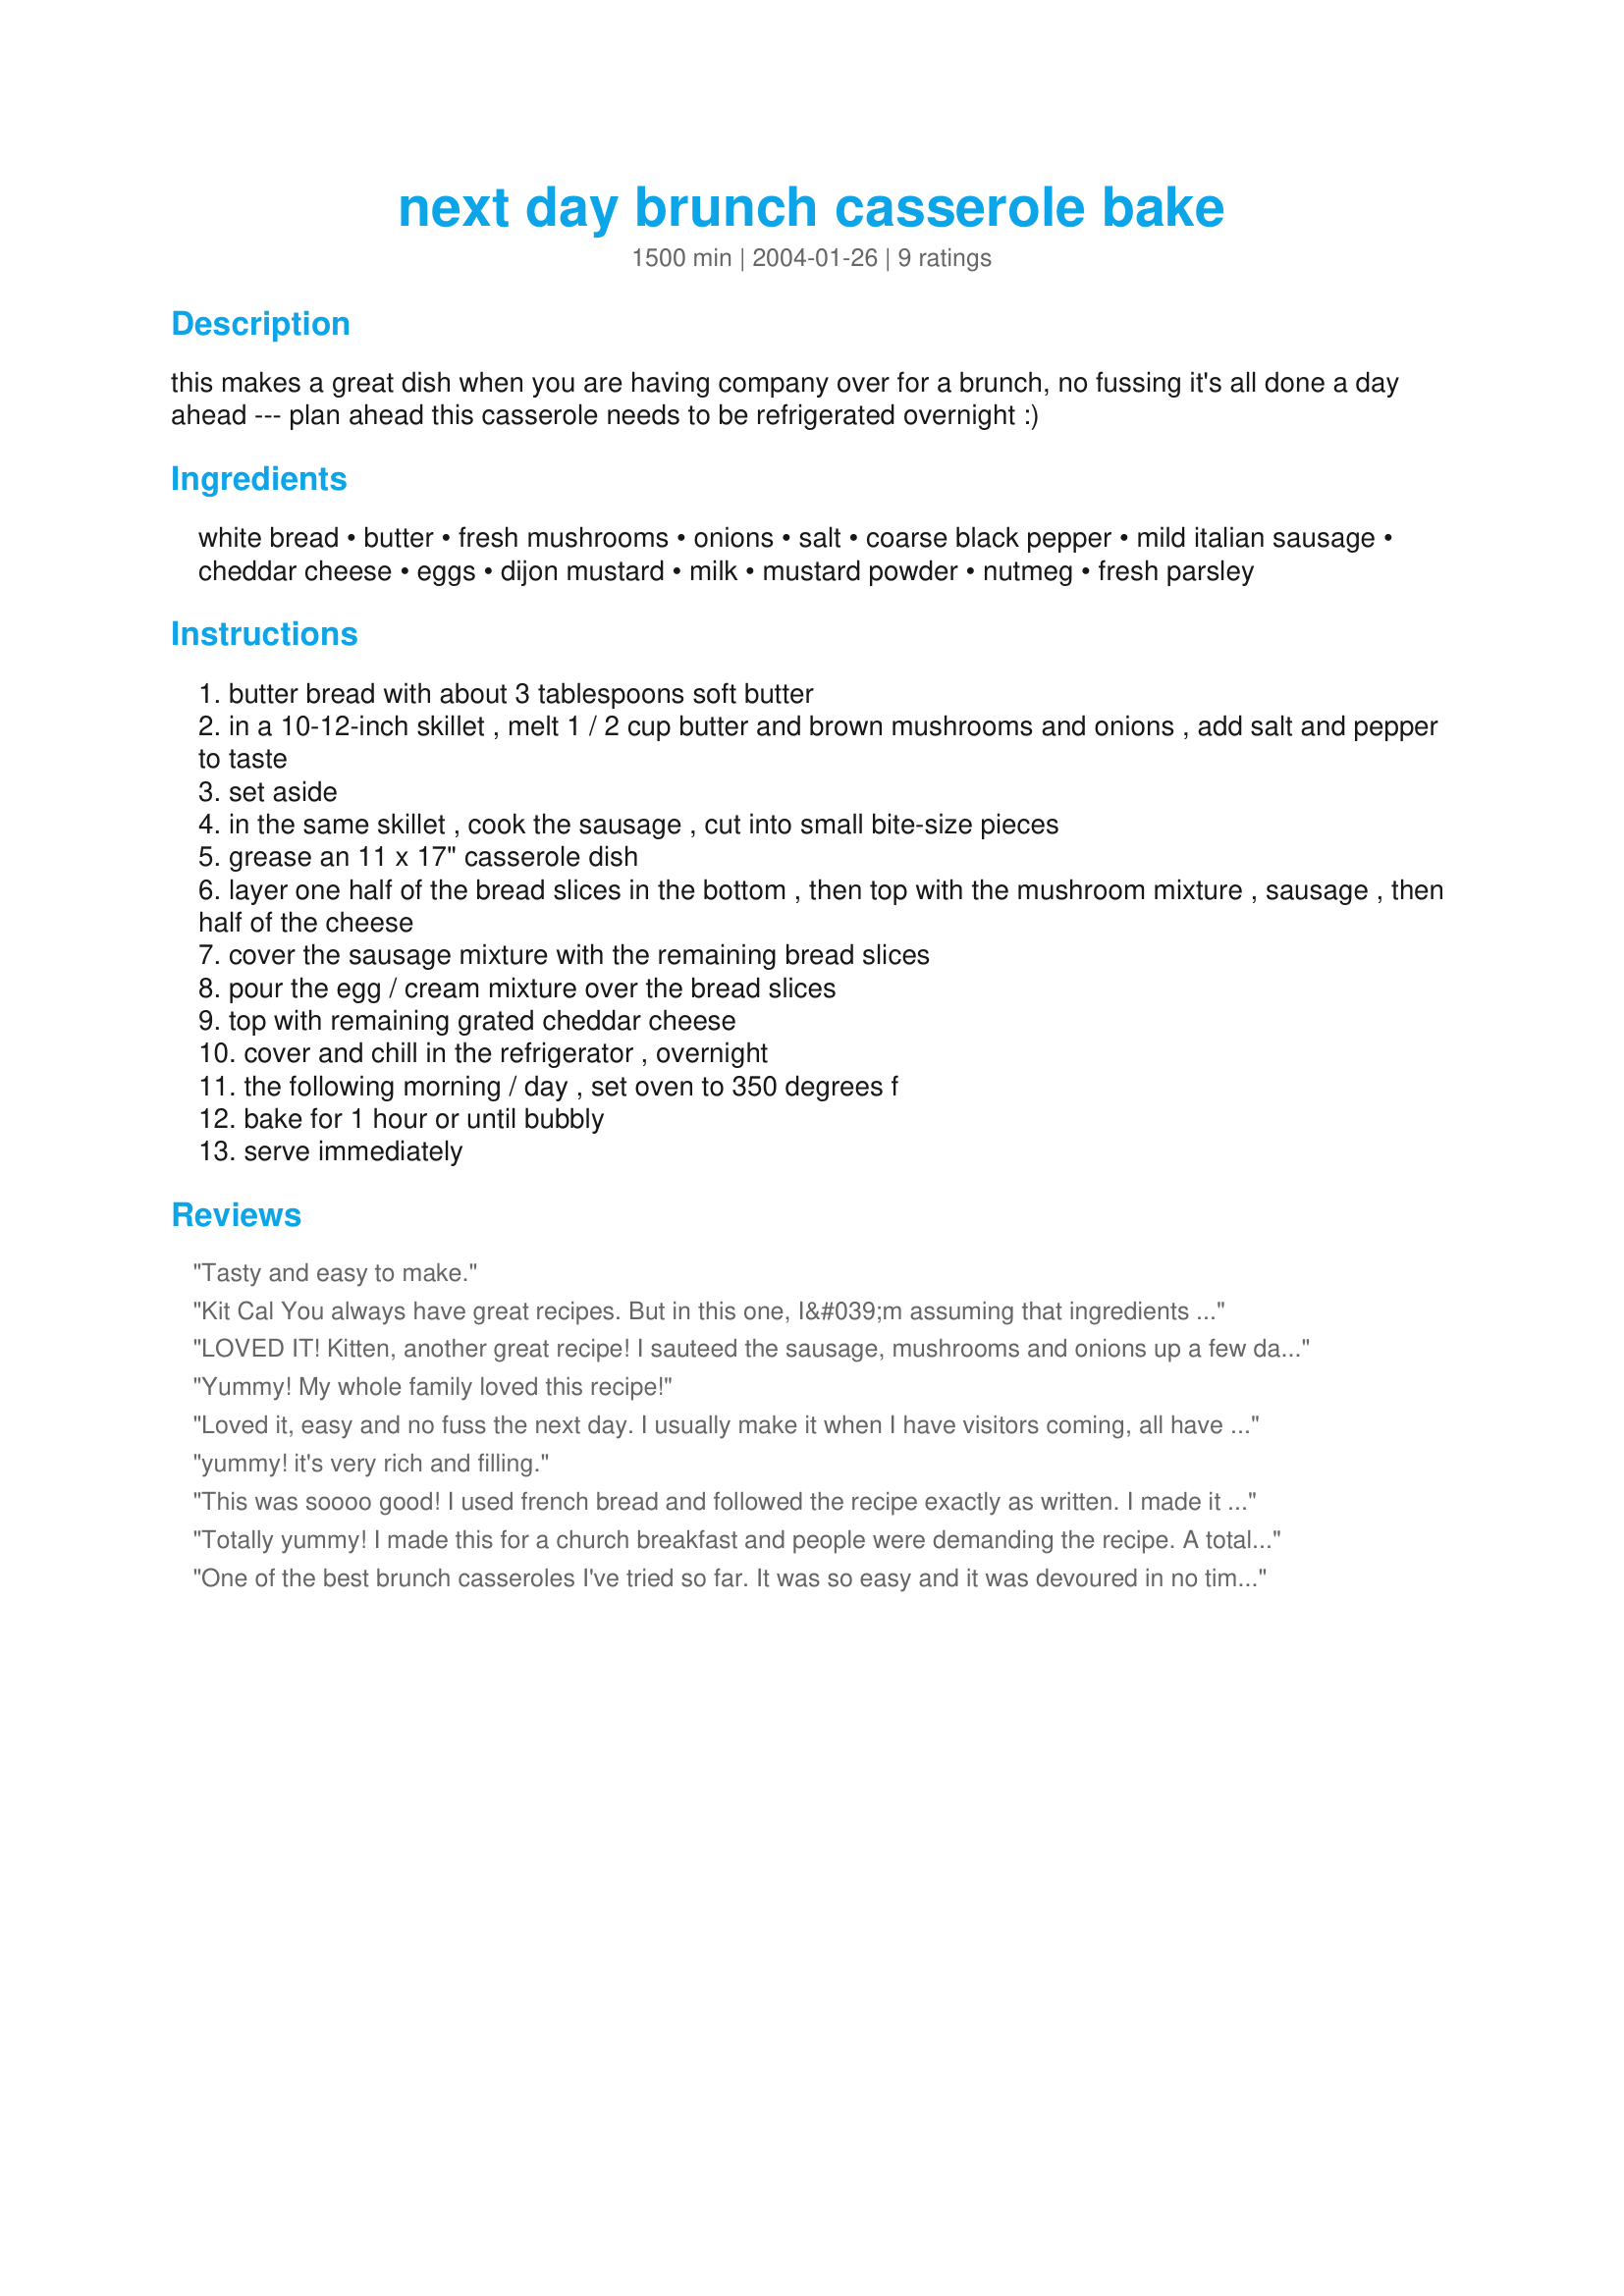
next day brunch casserole bake
Preparation time: 1500 minutes

this makes a great dish when you are having company over for a brunch, no fussing it's all done a day ahead --- plan ahead this casserole needs to be refrigerated overnight :)

Ingredients:
white bread, butter, fresh mushrooms, onions, salt, coarse black pepper, mild italian sausage, cheddar cheese, eggs, dijon mustard, milk, mustard powder, nutmeg, fresh parsley

Steps:
butter bread with about 3 tablespoons soft butter
in a 10-12-inch skillet , melt 1 / 2 cup butter and brown mushrooms and onions , add salt and pepper to taste
set aside
in the same skillet , cook the sausage , cut into small bite-size pieces
grease an 11 x 17" casserole dish
layer one half of the bread slices in the bottom , then top with the mushroom mixture , sausage , then half of the cheese
cover the sausage mixture with the remaining bread slices
pour the egg / cream mixture over the bread slices
top with remaining grated cheddar cheese
cover and chill in the refrigerator , overnight
the following morning / day , set oven to 350 degrees f
bake for 1 hour or until bubbly
serve immediately

Reviews:
Tasty and easy to make.
Kit Cal You always have great recipes. But in this one, I&#039;m assuming that ingredients not used in instructions 1-6 go into the custard mix. I&#039;m going to do this for Mother&#039;s Day. Wish me well.&lt;br/&gt;&lt;br/&gt;&lt;br/&gt;billl
LOVED IT! Kitten, another great recipe! I sauteed the sausage, mushrooms and onions up a few days and put in a large ziplock bag in the fridge. Then the night before I added the rest of the ingredients to the bag, and cooked it the next morning in the RV oven. Great camping recipe since it's so easy. I especially loved the combination of the mustard and nutmeg flavors. I was worried that there wasn't enough egg in the recipe, but it turned out perfectly. I changed the servings to 4 and wound up with 5 good-sized servings. I will definitely be making this again!
Yummy! My whole family loved this recipe!
Loved it, easy and no fuss the next day. I usually make it when I have visitors coming, all have been impressed. I change the sausage for those who don't like spicy, to just smoked and that is good too.
Sharon
yummy! it's very rich and filling.
This was soooo good! I used french bread and followed the recipe exactly as written. I made it for the guys roofing my house and they all loved it. I really thought it was yummy! Will make again and again. Sorry I didn't get a picture of it (the guys dug into it too fast) it was just beautiful! It was so easy to put together too!

Thanks Kitten, your recipes are always so good!
Totally yummy! I made this for a church breakfast and people were demanding the recipe. A total hit. Thanks!
One of the best brunch casseroles I've tried so far. It was so easy and it was devoured in no time by my guests.
